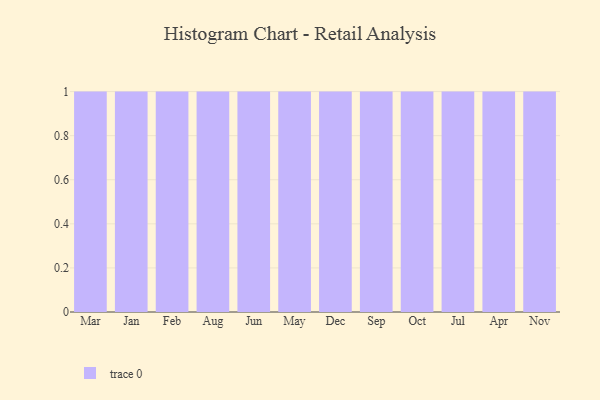
{"axis": {"x": "Month", "y": "Temperature (°C)"}, "legend": [""], "data": [{"x": "Mar", "y": 78, "type": ""}, {"x": "Jan", "y": 57, "type": ""}, {"x": "Feb", "y": 46, "type": ""}, {"x": "Aug", "y": 51, "type": ""}, {"x": "Jun", "y": 38, "type": ""}, {"x": "May", "y": 6, "type": ""}, {"x": "Dec", "y": 35, "type": ""}, {"x": "Sep", "y": 12, "type": ""}, {"x": "Oct", "y": 92, "type": ""}, {"x": "Jul", "y": 57, "type": ""}, {"x": "Apr", "y": 33, "type": ""}, {"x": "Nov", "y": 9, "type": ""}]}